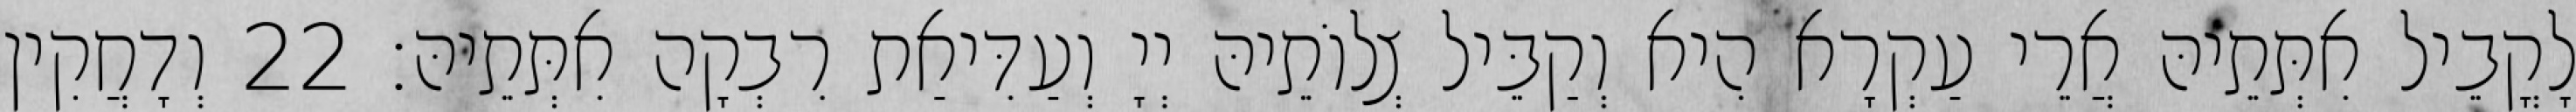
לָקֳבֵיל אִתְּתֵיהּ אֲרֵי עַקְרָא הִיא וְקַבֵּיל צְלוֹתֵיהּ יְיָ וְעַדִּיאַת רִבְקָה אִתְּתֵיהּ׃ 22 וְדָחֲקִין